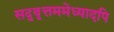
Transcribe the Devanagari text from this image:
सद्‌वृत्तममेध्यादपि